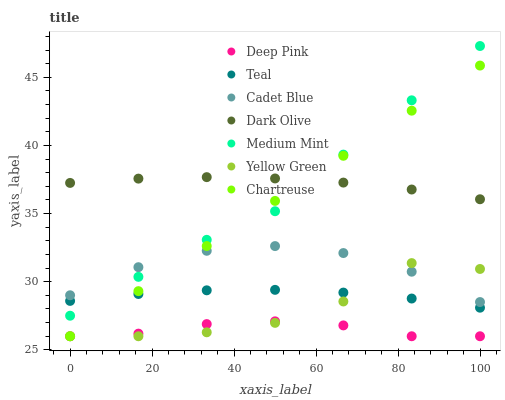
| xaxis_label | Deep Pink | Teal | Cadet Blue | Dark Olive | Medium Mint | Yellow Green | Chartreuse |
 | --- | --- | --- | --- | --- | --- | --- | --- |
 | 0 | 26 | 28.6 | 29 | 37.3 | 27.5 | 26 | 26 |
 | 16.7 | 26.2 | 29.1 | 31.1 | 37.6 | 30.4 | 26 | 29.3 |
 | 33.3 | 26.9 | 29.4 | 32.3 | 37.7 | 33.1 | 26.3 | 32.6 |
 | 50 | 27.1 | 29.4 | 32.6 | 37.6 | 35.2 | 27 | 35.9 |
 | 66.7 | 26.8 | 29.2 | 32.1 | 37.3 | 39.3 | 28.6 | 39.2 |
 | 83.3 | 26 | 28.8 | 30.7 | 36.8 | 43.3 | 31.4 | 42.6 |
 | 100 | 26 | 28.1 | 28.5 | 36.1 | 47.3 | 30.9 | 45.9 |